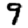
Digit: 9